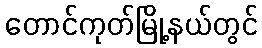
တောင်ကုတ်မြို့နယ်တွင်